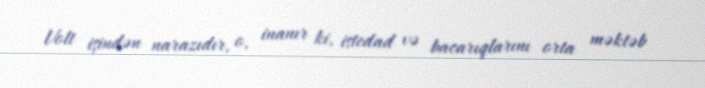
Volt işindən narazıdır, o, inanır ki, istedad və bacarıqlarını orta məktəb